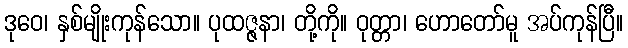
ဒုဝေ၊ နှစ်မျိုးကုန်သော။ ပုထဇ္ဇနာ၊ တို့ကို။ ဝုတ္တာ၊ ဟောတော်မူ အပ်ကုန်ပြီ။